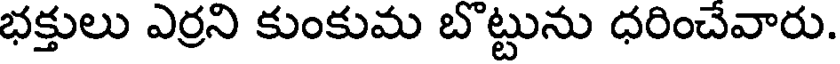
భక్తులు ఎర్రని కుంకుమ బొట్టును ధరించేవారు.